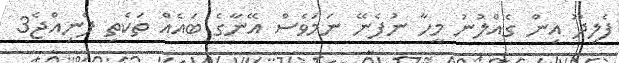
ފެލިދޫ އިން ގެއްލުނު މީހާ ނުފެނޭ ނަމަވެސް އޭނާގެ ބައެއް ތަކެތި ފެނިއްޖެ3